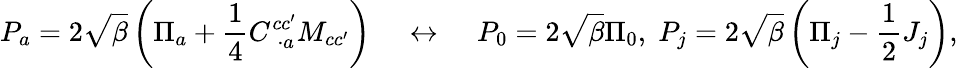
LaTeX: P_{a}=2\sqrt{\beta}\left(\Pi_{a}+\frac{1}{4}C_{\; \cdot a}^{cc^{\prime}}M_{cc^{\prime}}\right)\; \; \; \; \leftrightarrow\; \; \; \; P_{0}=2\sqrt{\beta}\Pi_{0},\; P_{j}=2\sqrt{\beta}\left(\Pi_{j}-\frac{1}{2}J_{j}\right),